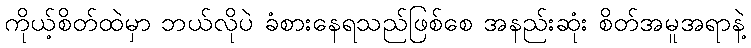
ကိုယ့်စိတ်ထဲမှာ ဘယ်လိုပဲ ခံစားနေရသည်ဖြစ်စေ အနည်းဆုံး စိတ်အမူအရာနဲ့